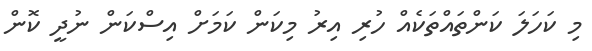
މި ކަހަލަ ކަންތައްތަކެއް ހުރި އިރު މިކަން ކަމަށް އިސްކަން ނުދީ ކޮން